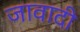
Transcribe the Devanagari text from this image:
जावादी